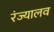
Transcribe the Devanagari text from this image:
रंज्यालव